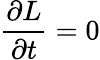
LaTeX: {\frac{\partial L}{\partial t}}=0